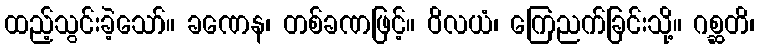
ထည့်သွင်းခဲ့သော်။ ခဏေန၊ တစ်ခဏဖြင့်။ ဝိလယံ၊ ကြေညက်ခြင်းသို့။ ဂစ္ဆတိ၊